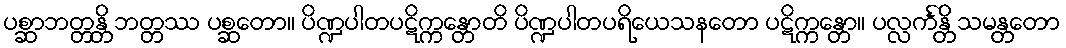
ပစ္ဆာဘတ္တန္တိ ဘတ္တဿ ပစ္ဆတော။ ပိဏ္ဍပါတပဋိက္ကန္တောတိ ပိဏ္ဍပါတပရိယေသနတော ပဋိက္ကန္တော။ ပလ္လင်္ကန္တိ သမန္တတော